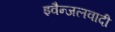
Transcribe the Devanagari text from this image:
इवैन्जलवादी